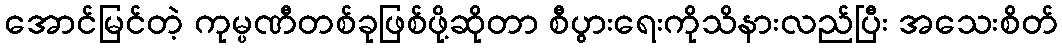
အောင်မြင်တဲ့ ကုမ္ပဏီတစ်ခုဖြစ်ဖို့ဆိုတာ စီပွားရေးကိုသိနားလည်ပြီး အသေးစိတ်